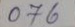
076